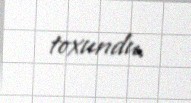
toxundu.